Indian Civil Veterinary Department memoirs
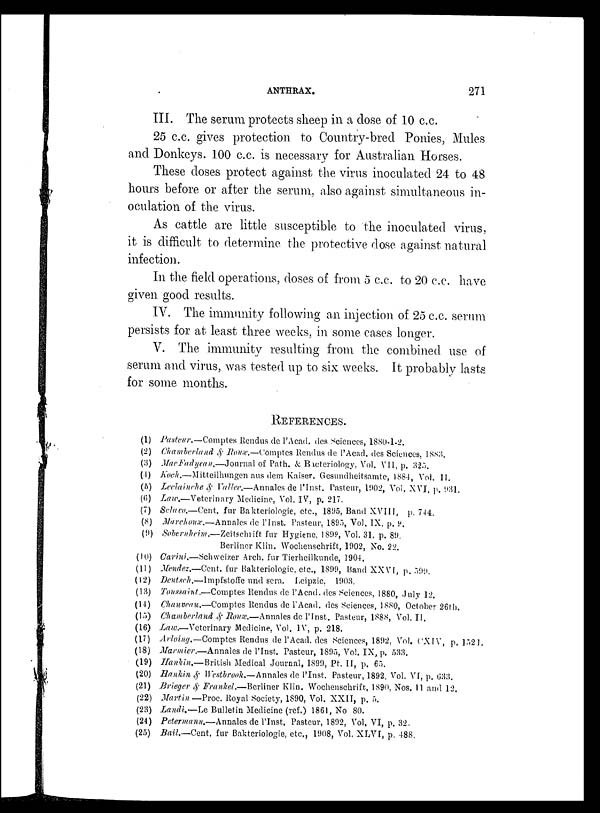
ANTHRAX.
271
III. The serum protects sheep in a dose of 10 c.c.
25 c.c. gives protection to Country-bred Ponies, Mules
and Donkeys. 100 c.c. is necessary for Australian Horses.
These doses protect against the virus inoculated 24 to 48
hours before or after the serum, also against simultaneous in-
oculation of the virus.
As cattle are little susceptible to the inoculated virus,
it is difficult to determine the protective dose against natural
infection.
In the field operations, doses of from 5 c.c. to 20 c.c. have
given good results.
IV. The immunity following an injection of 25 c.c. serum
persists for at least three weeks, in some cases longer.
V. The immunity resulting from the combined use of
serum and virus, was tested up to six weeks. It probably lasts
for some months.
RIEFERENCES.
(1) Pasteur.—Comptes Rendus de l'Acad. des Sciences, 1880-1-2.
(2) Chamberland & Roux.—Comptes Rendus de l'Acad. des Sciences, 1883,
(3) Mac Fadyean.—Journal
of Path. & Bacteriology. Vol. VII, p. 325.
(4) Koch.—Mitteilhungen
aus dem Kaiser. Gesundheitsamte, 1884, Vol. II.
(5) Leclainche & Vallee.— Annales de l' Inst. Pasteur, 1902, Vol. XVI, p. 931.
(6) Law.—Veterinary
Medicine, Vol. IV, p. 217.
(7) Sclaxo.—Cent, fur Bakteriologie, etc., 1895, Band XVIII, p. 744.
(8) Marchoux.—Annales de l'Inst. Pasteur, 1895, Vol. IX, p.9.
(9) Sobernheim.—Zeitschrift fur Hygiene, 1899, Vol. 31, p. 89.
Berliner Klin. Wochenschrift, 1902, No. 22.
(10) Carini.—Schweizer Arch, fur Tierheilkunde, 1904.
(11) Mendez.—Cent, fur Bakteriologie, etc., 1899, Band XXVI, p. 599.
(12) Deutseh.—Impfstoffe und sera. Leipzic, 1903.
(13) Toussaint.—Comptes Rendus de l'Acad. des Sciences, 1880, July 12.
(14) Chauveau.—Comptes Rendus de l'Acad. des Sciences, 1880, October 26th,
(15) Chamberland &Roux.—Annales de l'Inst. Pasteur, 1888, Vol.II.
(16) Law.—Veterinary Medicine, Vol. IV, p. 218.
(17) Arloing.—Comptes Rendus de l'Acad. des Sciences, 1892, Vol. CXIV, p. 1521.
(18) Marmier.—Annales de l'Inst, Pasteur, 1895, Vol. IX, p. 533.
(19) Hankin.—British Medical Journal, 1899, Pt. II, p. 65.
(20) Hankin & Westbrook.—Annales de l'Inst. Pasteur, 1892, Vol. VI, p. 633.
(21) Brieger & Frankel.—Berliner Klin. Wochenschrift, 1890, Nos. 11 and 12.
(22) Martin — Proc. Royal Society, 1890, Vol. XXII, p. 5.
(23) Landi.—Le Bulletin Medicine (ref.) 1861, No 80.
(24) Prtermann.—Annales de l'Inst. Pasteur, 1892, Vol. VI, p. 32.
(25) Bail.—Cent. fur Bakteriologie, etc., 1908, Vol. XLVI, p. 488.